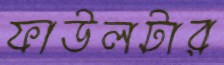
ফাউলটার